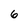
Character: 6